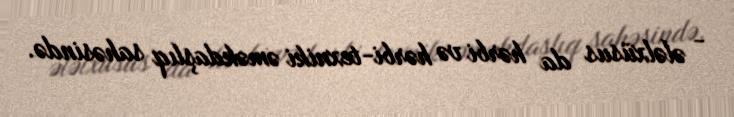
- ələlxüsus da hərbi və hərbi-texniki əməkdaşlıq sahəsində.